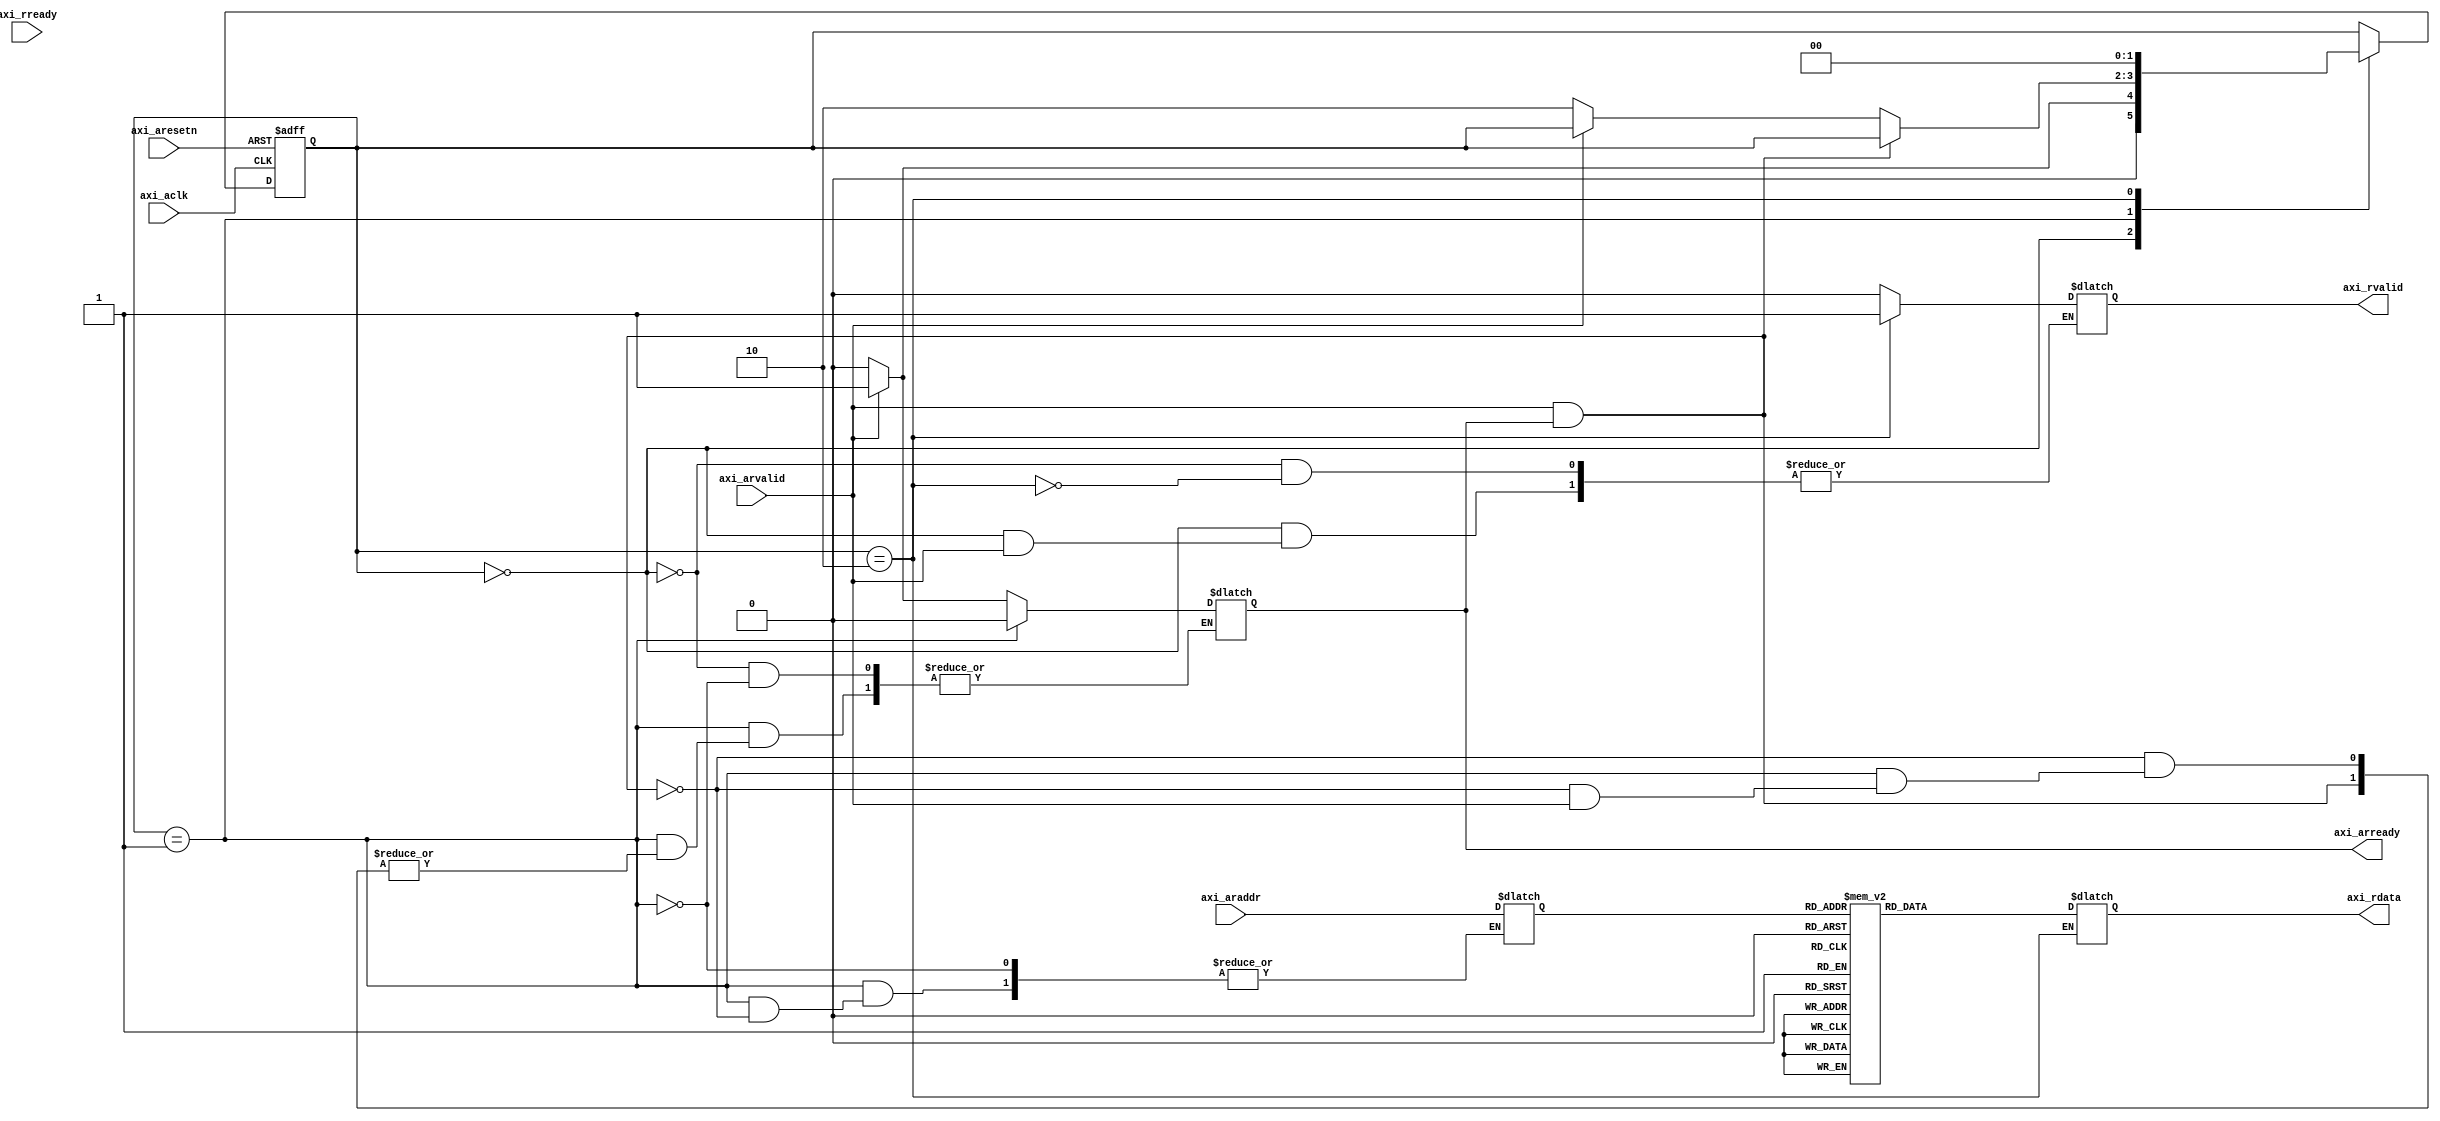

module dummy_axi_lite( input axi_aclk,
					   input axi_aresetn,
					   input [3:0] axi_araddr,
					   input axi_arvalid,
					   input axi_rready,
					   output [31:0] axi_rdata,
					   output axi_rvalid,
					   output axi_arready);


integer i;

reg [31:0] data_rom [0:15];
reg r_rvalid, r_arready;
reg [3:0] r_addr;
reg [31:0] r_rdata;

localparam st_put_addr = 0;
localparam st_received_addr = 1;
localparam st_data_valid = 2;

reg [1:0] curr_st, next_st;

initial
begin
	data_rom[0] = 32'hAAAAAAAA;
	data_rom[1] = 32'h55555555;
	for(i=2;i<16;i=i+1)
	begin
		data_rom[i] = 32'h00000000;
	end
end


always @(posedge axi_aclk or negedge axi_aresetn) begin
	if (!axi_aresetn) 
	begin
		curr_st <= 2'b00;
	end

	else 
	begin
		curr_st <= next_st;
	end	
end

always @* begin

	next_st = curr_st;
	case(curr_st)
	
		st_put_addr:
		begin
			if (axi_arvalid) 
			begin
		      r_arready = 1'b1;
				next_st = st_received_addr;
			end
			
			else if(!axi_arvalid)
			begin
			   r_rvalid = 1'b0;
				r_arready = 1'b0;
				next_st = st_put_addr;
			end
		end

		st_received_addr:
		begin
			if(axi_arvalid && r_arready) 
			begin
				r_addr = axi_araddr;
			end
			
			else if(!axi_arvalid)
			begin
				r_arready = 1'b0;
				next_st = st_data_valid;
			end
		end

		st_data_valid:
		begin
			r_rdata = data_rom[r_addr];
			r_rvalid = 1'b1;
			next_st = st_put_addr;
		end

		
	endcase
	
end

assign axi_rdata = r_rdata;
assign axi_rvalid = r_rvalid;
assign axi_arready = r_arready;

endmodule